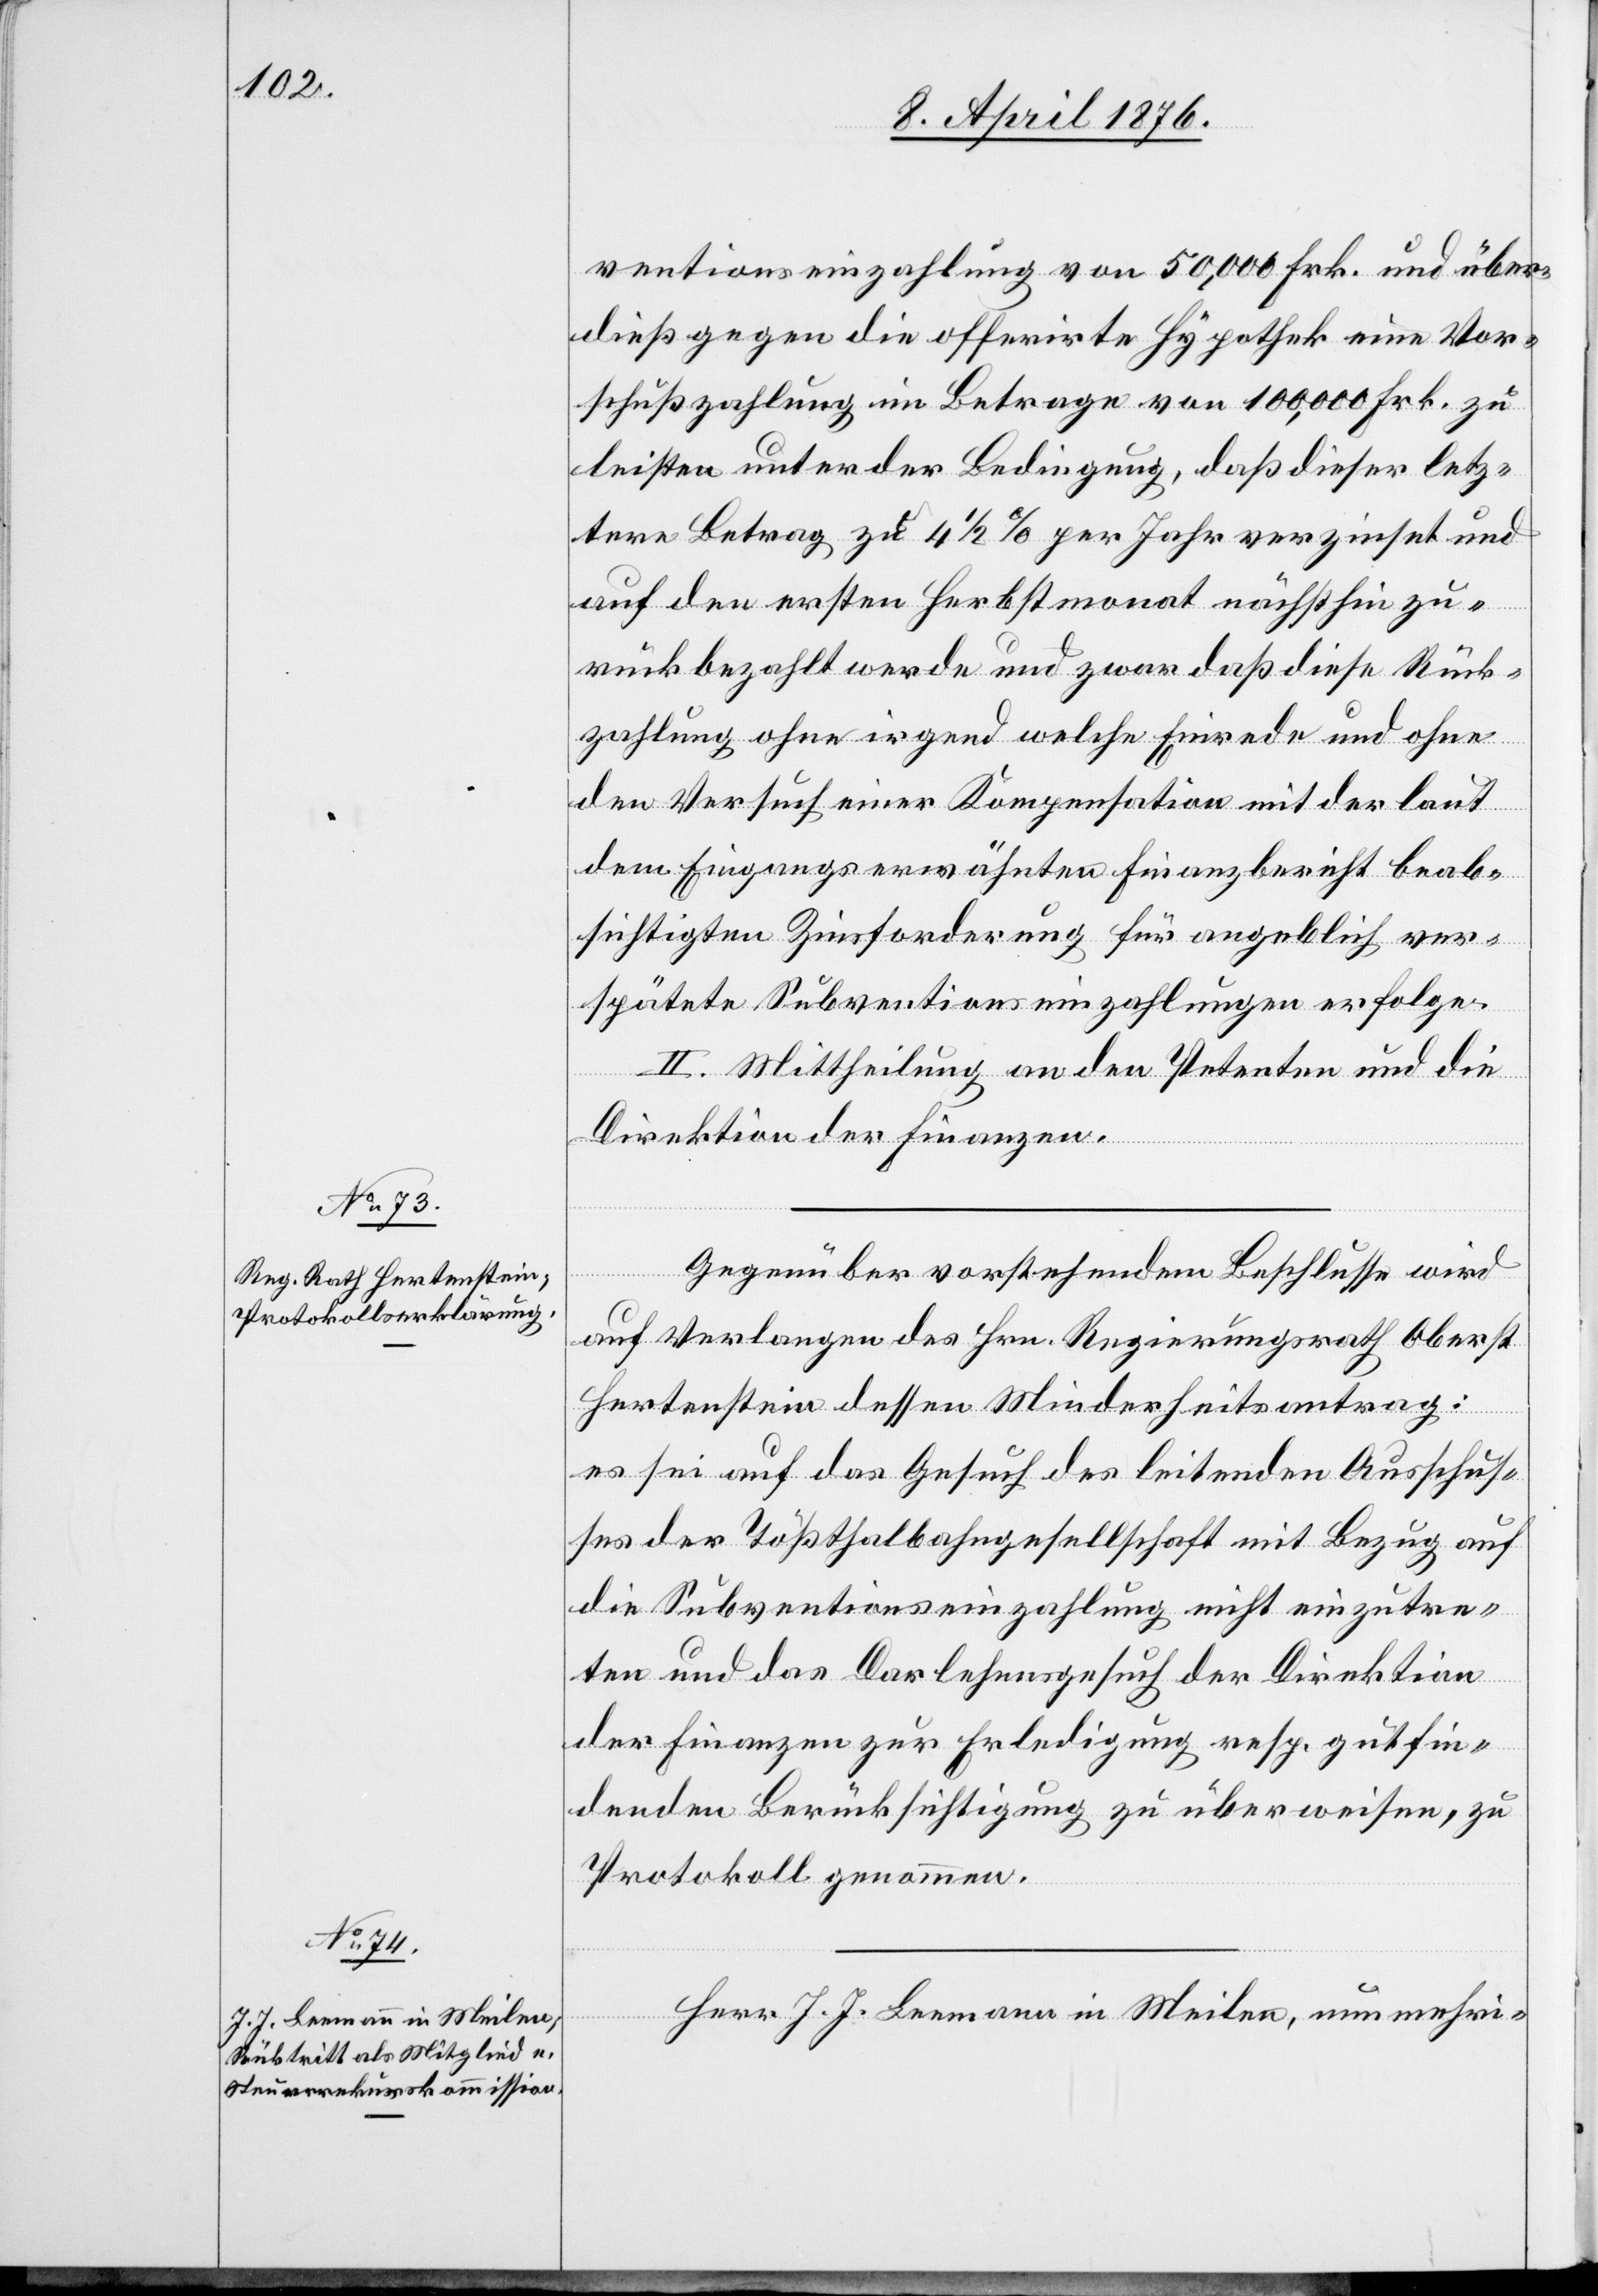
ventionseinzahlung von 50,000 Frk. und über¬
dieß gegen die offerirte Hypothek eine Vor¬
schußzahlung im Betrage von 100,000 Frk. zu
leisten unter der Bedingung, daß dieser letz¬
tere Betrag zu 4 1/2 % per Jahr verzinset und
auf den ersten Herbstmonat nächsthin zu¬
rückbezahlt werde und zwar daß diese Rück¬
zahlung ohne irgend welche Einrede und ohne
den Versuch einer Kompensation mit der laut
dem Eingangs erwähnten Finanzbericht beab¬
sichtigten Zinsforderung für angeblich ver¬
spätete Subventionseinzahlungen erfolge.
II. Mittheilung an den Petenten und die
Direktion der Finanzen.
etzung
Gegenüber vorstehendem Beschlusse wird
auf Verlangen des Hrn. Regierungsrath Oberst
Hertenstein dessen Minderheitsantrag:
es sei auf das Gesuch des leitenden Ausschus¬
ses der Tößthalbahngesellschaft mit Bezug auf
die Subventionseinzahlung nicht einzutre¬
ten und das Darlehensgesuch der Direktion
der Finanzen zur Erledigung resp. gutfin¬
denden Berücksichtigung zu überweisen, zu
Protokoll genommen.
Herr J. J. Leemann in Meilen, nunmehri-